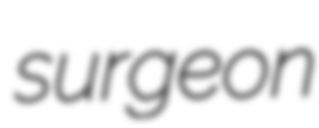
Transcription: surgeon